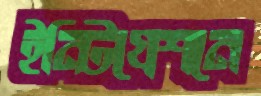
ইন্টিগ্রেশনে